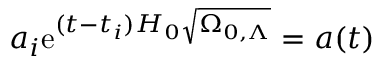
a _ { i } \mathrm { e } ^ { ( t - t _ { i } ) H _ { 0 } { \sqrt { \Omega _ { 0 , \Lambda } } } } = a ( t )